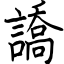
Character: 譑